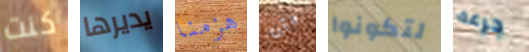
كنت يديرها هزمنا بأن لتكونوا جرعة